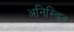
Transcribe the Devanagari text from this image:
अनिस्चित